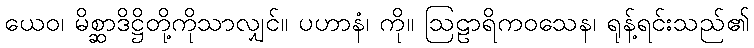
ယေဝ၊ မိစ္ဆာဒိဋ္ဌိတို့ကိုသာလျှင်။ ပဟာနံ၊ ကို။ ဩဠာရိကဝသေန၊ ရုန့်ရင်းသည်၏